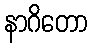
နာဂိတော